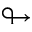
\looparrowright